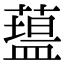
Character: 𥂯